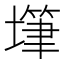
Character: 𰊫